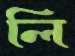
লি